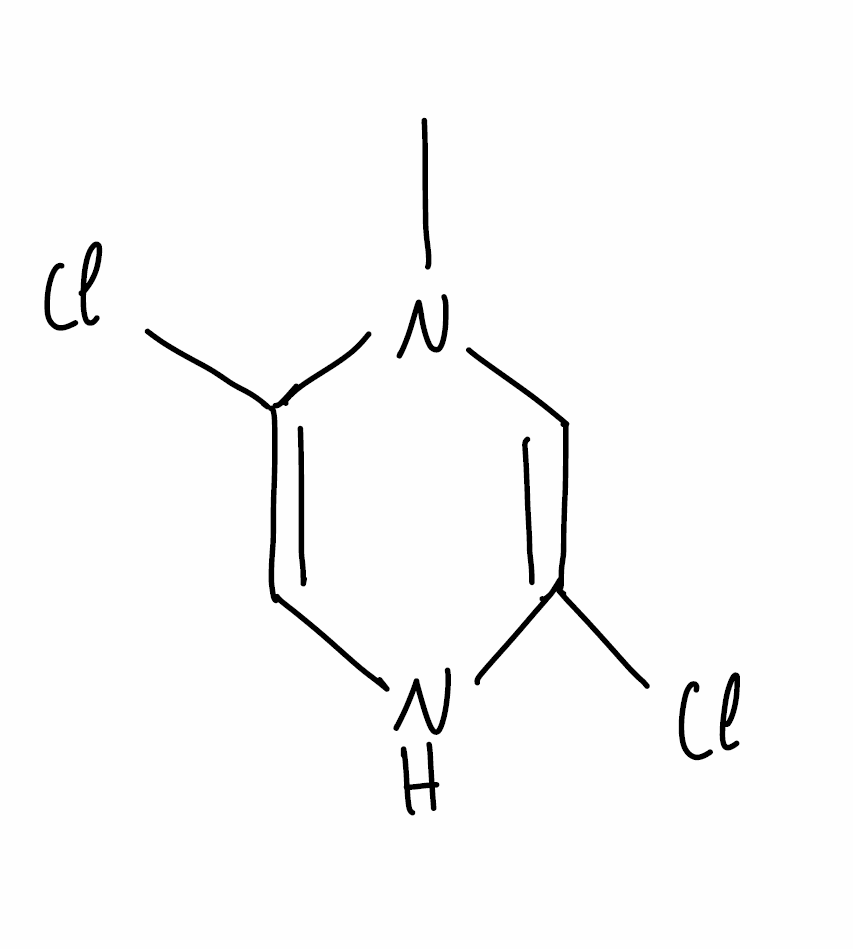
Simplified molecular-input line-entry system (SMILES) notation of the given molecule:
CN1C=C(NC=C1Cl)Cl